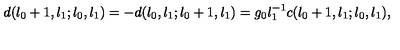
d ( l _ { 0 } + 1 , l _ { 1 } ; l _ { 0 } , l _ { 1 } ) = - d ( l _ { 0 } , l _ { 1 } ; l _ { 0 } + 1 , l _ { 1 } ) = g _ { 0 } l _ { 1 } ^ { - 1 } c ( l _ { 0 } + 1 , l _ { 1 } ; l _ { 0 } , l _ { 1 } ) ,